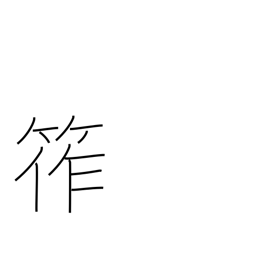
Meaning: bamboo rope